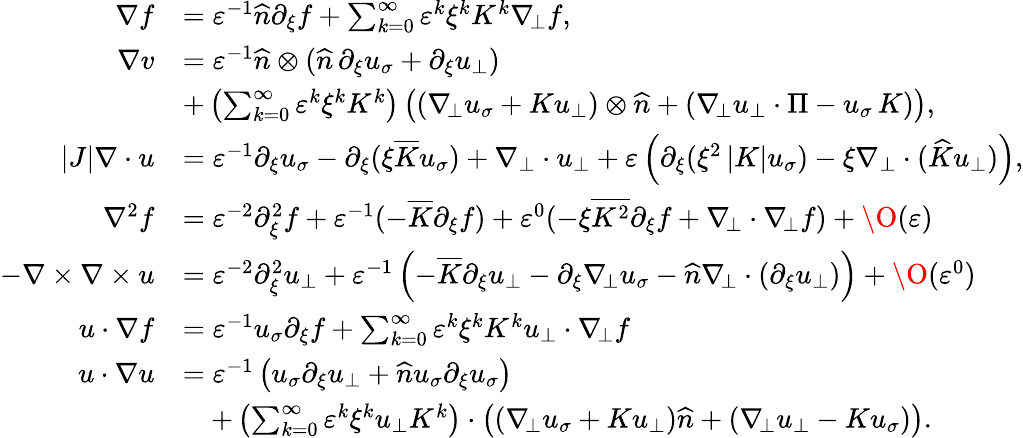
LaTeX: \begin{array}{rl}{\nabla f}&{=\varepsilon^{-1}\widehat{n}\partial_{\xi}f+\sum_{k=0}^{\infty}\varepsilon^{k}\xi^{k}K^{k}\nabla_{\! \bot}f,}\\ {\nabla v}&{=\varepsilon^{-1}\widehat{n}\otimes(\widehat{n}\, \partial_{\xi}u_{\sigma}+\partial_{\xi}u_{\bot})}\\ &{+\left(\sum_{k=0}^{\infty}\varepsilon^{k}\xi^{k}K^{k}\right)\left((\nabla_{\! \bot}u_{\sigma}+Ku_{\bot})\otimes\widehat{n}+(\nabla_{\! \bot}u_{\bot}\cdot\Pi-u_{\sigma}\, K)\right),}\\ {|J|\nabla\cdot{u}}&{=\varepsilon^{-1}{\partial_{\xi}u_{\sigma}}-\partial_{\xi}(\xi\overline{{K}}u_{\sigma})+\nabla_{\bot}\cdot{u_{\bot}}+\varepsilon\left(\partial_{\xi}(\xi^{2}\left|K\right|u_{\sigma})-\xi\nabla_{\bot}\cdot(\widehat{K}u_{\bot})\right),}\\ {\nabla^{2}f}&{=\varepsilon^{-2}\partial_{\xi}^{2}f+\varepsilon^{-1}(-\overline{{K}}\partial_{\xi}f)+\varepsilon^{0}(-\xi\overline{{K^{2}}}\partial_{\xi}f+\nabla_{\! \bot}\cdot\nabla_{\! \bot}f)+\O(\varepsilon)}\\ {-\nabla\times\nabla\times{u}}&{=\varepsilon^{-2}\partial_{\xi}^{2}u_{\bot}+\varepsilon^{-1}\left(-\overline{{K}}\partial_{\xi}u_{\bot}-\partial_{\xi}\nabla_{\! \bot}u_{\sigma}-\widehat{n}\nabla_{\! \bot}\cdot(\partial_{\xi}u_{\bot})\right)+\O(\varepsilon^{0})}\\ {{u}\cdot\nabla f}&{=\varepsilon^{-1}u_{\sigma}\partial_{\xi}f+\sum_{k=0}^{\infty}\varepsilon^{k}\xi^{k}K^{k}u_{\bot}\cdot\nabla_{\! \bot}f}\\ {{u}\cdot\nabla{u}}&{=\varepsilon^{-1}\left(u_{\sigma}\partial_{\xi}u_{\bot}+\widehat{n}u_{\sigma}\partial_{\xi}u_{\sigma}\right)}\\ &{\quad+\left(\sum_{k=0}^{\infty}\varepsilon^{k}\xi^{k}u_{\bot}K^{k}\right)\cdot\left((\nabla_{\! \bot}u_{\sigma}+Ku_{\bot})\widehat{n}+(\nabla_{\! \bot}u_{\bot}-Ku_{\sigma})\right).}\end{array}